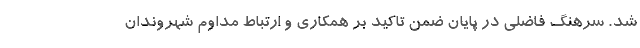
شد. سرهنگ فاضلی در پایان ضمن تاکید بر همکاری و ارتباط مداوم شهروندان